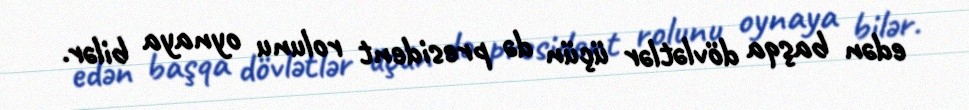
edən başqa dövlətlər üçün də president rolunu oynaya bilər.